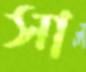
সা